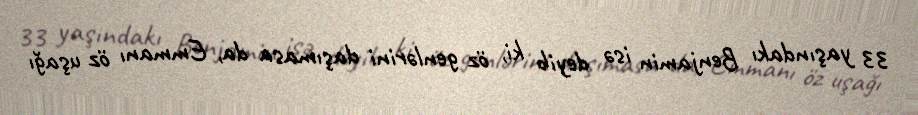
33 yaşındakı Benjamin isə deyib ki, öz genlərini daşımasa da, Emmanı öz uşağı